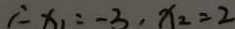
\therefore x _ { 1 } = - 3 , x _ { 2 } = 2